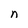
Character: n